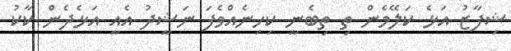
ޝިފާޒު އަޅެ ކަލޭމެން ތި ތިބެނީ ކިހިނެއްވެފަ ނަޝީދު އެއީ އަޅެދެން ކާކު